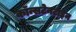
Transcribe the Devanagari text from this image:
कॉन्सटेनटाइन